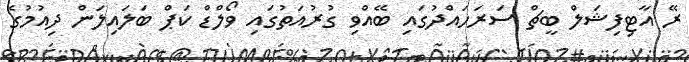
ރޭ އާޓިފިޝަލް ބީޗް ސަރަހައްދުގައި ބޭއްވި ގުރުއަތުގައި ވޯލްޑް ކަޕް ބަލައިލަން ދިއުމުގެ